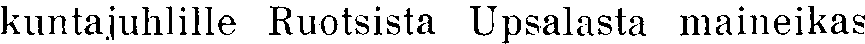
kuntajuhlille Ruotsista Upsalasta maineikas